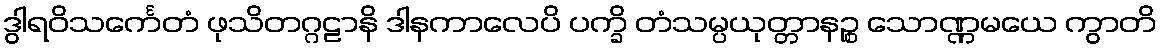
ဒွါရဝိသင်္ကေတံ ဖုသိတဂ္ဂဠာနိ ဒါနကာလေပိ ပက္ခိ တံသမ္ပယုတ္တာနဉ္စ သောဏ္ဏမယေ ကွာတိ